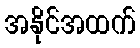
အနိုင်အထက်